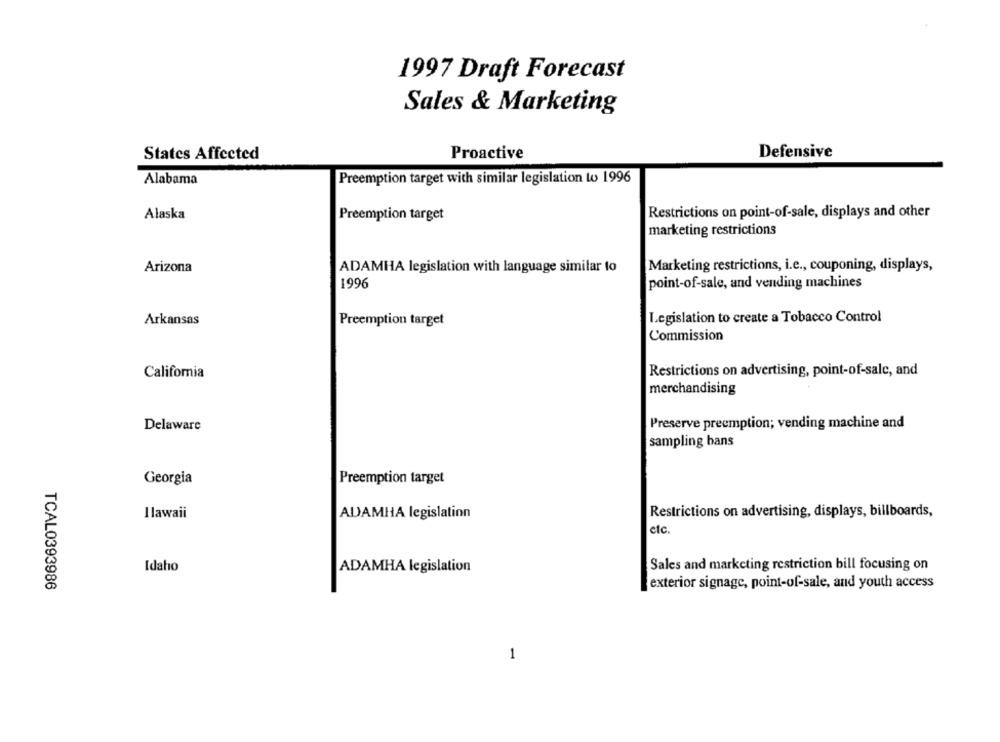
1997 Draft Forecast
Sales & Marketing
States Affected
Proactive
Defensive
Alabama
Preemption target with similar legislation to 1996
Alaska
Restrictions on point-of-sale, displays and other
Preemption target
marketing restrictions
Marketing restrictions, i.e ., couponing, displays,
Arizona
ADAMHA legislation with language similar to
1996
point-of-sale, and vending machines
Legislation to create a Tobacco Control
Arkansas
Preemption target
Commission
Restrictions on advertising, point-of-sale, and
California
merchandising
Preserve preemption; vending machine and
Delaware
sampling bans
Georgia
Preemption target
Restrictions on advertising, displays, billboards,
I lawaii
ADAMHA legislation
etc.
Idaho
ADAMHA legislation
Sales and marketing restriction bill focusing on
TCAL0393986
exterior signage, point-of-sale, and youth access
1